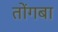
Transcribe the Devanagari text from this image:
तोंगबा